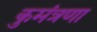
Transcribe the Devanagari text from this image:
कुमंत्रणा